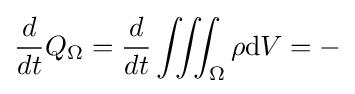
{\frac {d}{dt}}Q_{\Omega }={\frac {d}{dt}}\iiint _{\Omega }\rho \mathrm {d} V=-